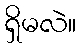
ရှိမလဲ။